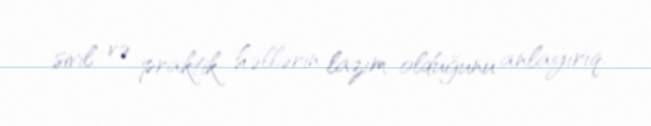
sivil və praktik həllərin lazım olduğunu anlayırıq.